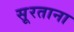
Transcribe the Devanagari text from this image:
सूरताना